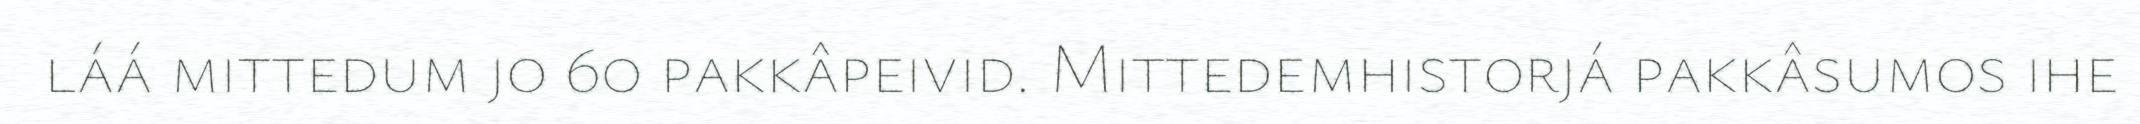
láá mittedum jo 60 pakkâpeivid. Mittedemhistorjá pakkâsumos ihe